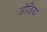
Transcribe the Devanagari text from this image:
डोङिया